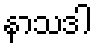
နာသဒါ